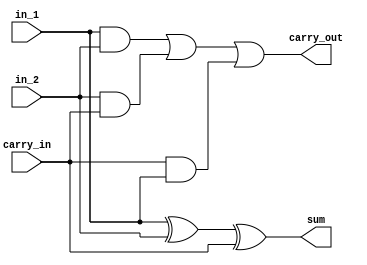
/* full adder using data flow assignment */

module full_adder(input in_1, input in_2, input carry_in, output carry_out, output sum);
    assign carry_out = (in_1&in_2)|(in_2&carry_in)|(carry_in&in_1);
    assign sum = in_1^in_2^carry_in; 
endmodule